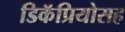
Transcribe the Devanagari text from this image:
डिकॅप्रियोसह